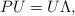
LaTeX: \begin{align*}P U = U \Lambda,\end{align*}